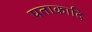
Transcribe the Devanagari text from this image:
पताकादि